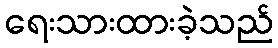
ရေးသားထားခဲ့သည်